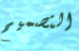
التصميم